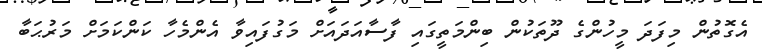
އެގޮތުން މިފަދަ މީހުންގެ ދޫތަކުން ބިންމަތީގައި ފާސާއަދައަށް މަގުފައިވާ އެންމެހާ ކަންކަމަށް މަރުޙަބާ